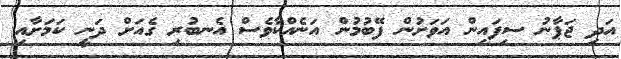
އަދި ޖަޕާނު ސިފައިން އަވަށުން ފޭބުމުން އަނެއްކާވެސް އެނބުރި ގެއަށް ދަނީ ކަމަށާއި